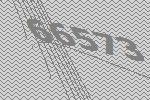
66573